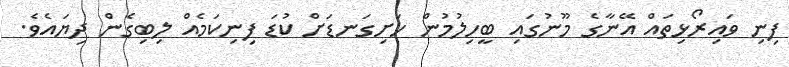
ފިނި ވައިރޯޅިތައް އޭނާގެ މޫނުގައި ބީހިލުމުން ހަށިގަނޑަށް ކުޑަ ފިނިކަމެއް ލިބިގެން ދިޔައެވެ.